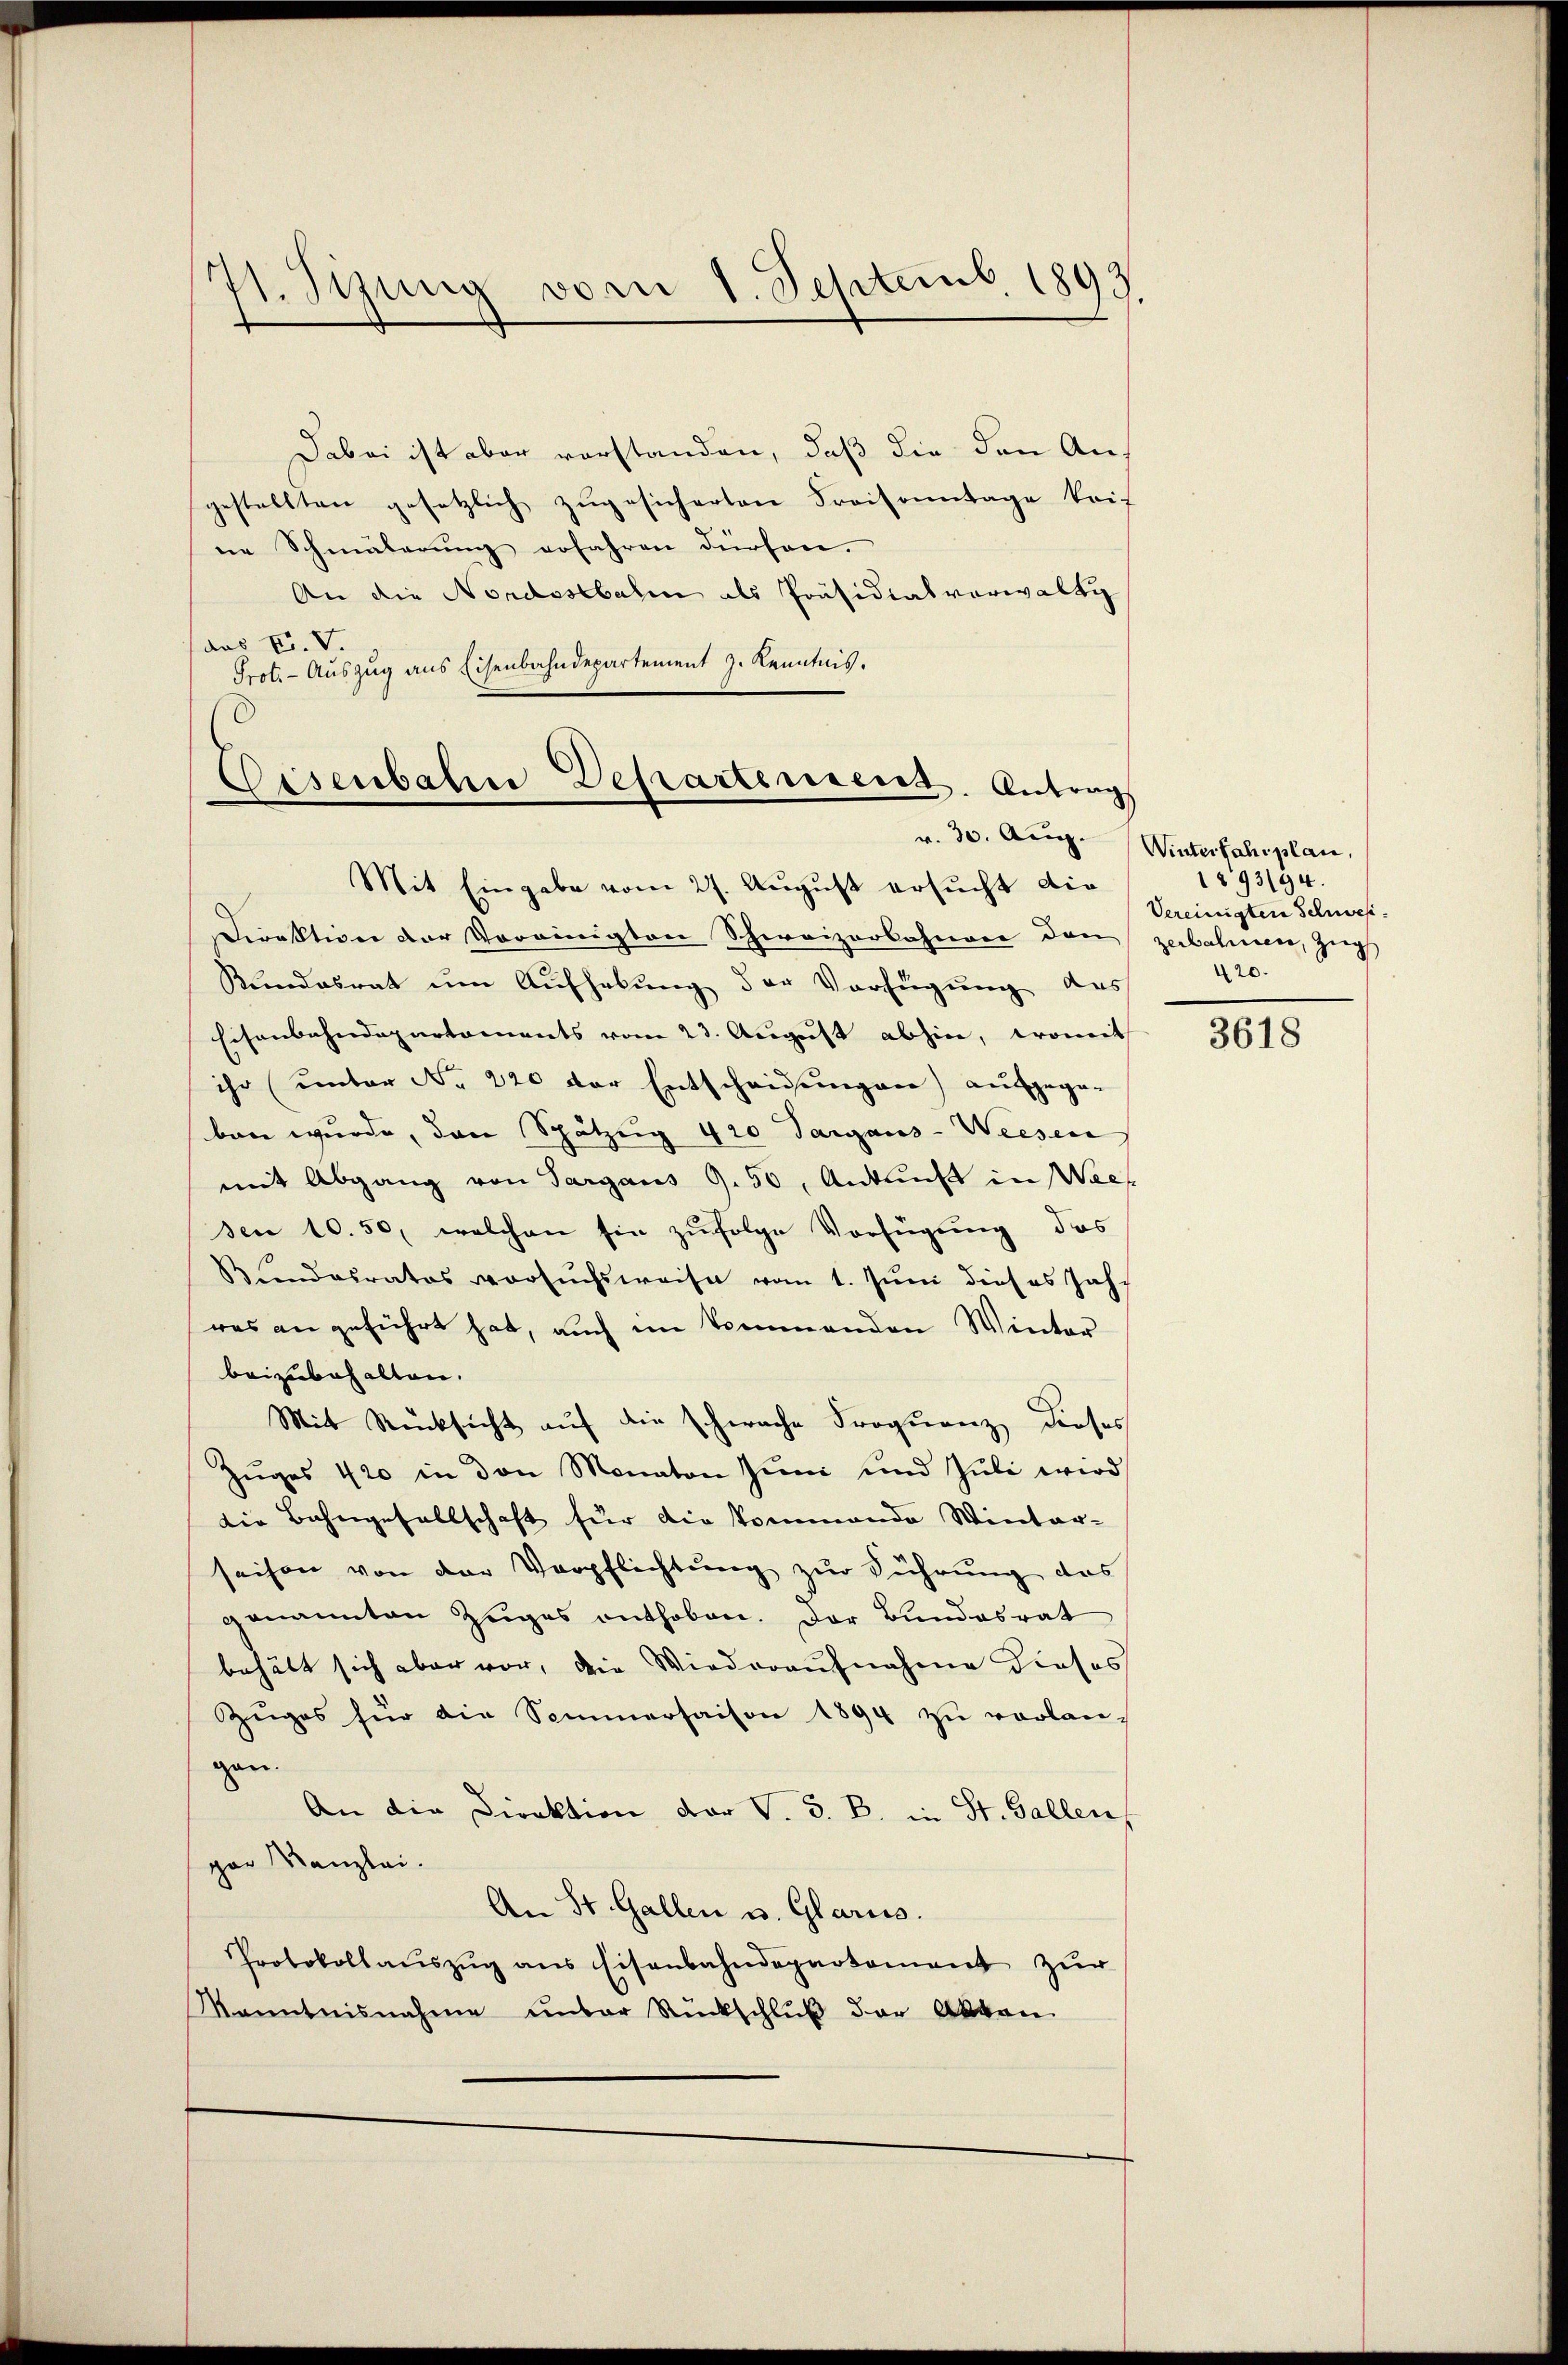
71. Sizung vom 1. Septemb. 1893.

Dabei ist aber vorstanden, daß die den An-
gestellten gesetzlich zŭgesicherten Kraisonntage trif
ne Schmälerung erfahren dürfen.
An die Nordostbahn als Präsidialverwalti
aas Fr. V.
Prot. - Auszug aus Eisenbahndepartement J. Kenntnis.

Eisenbahn Departement. Antrag

Mit Eingabe vom 27. August ersucht die
Direktion der Vereinigten Schweizerbahnerer den zerbahnen, Zug
Kundesrat um Aufhebung der Verfügung des
Eisenbahndepartaments vom 23. August abhin, womit
ihr (unter No 220 der Entscheidungen) aufgegeben wurde, den Spätzig 420 Sargaus-Weesen
mit Abgang von Sargaus 9. 50, Antriß in Wees
sen 10. 50, welchen sie zufolge Verfügung, das
Bŭndesrates versuchsweise vom 1. Jŭni dieses Jahr
res angeführt hat, auch im kommenden Winter
beizubehalten.
Mit Rücksicht auf die schwache Proquenz dieses
Zuges 420 in den Monaten Juni und Juli wird
die Bahngesellschaft für die kommende Winter-
saison von der Verpflichtung zur Führung des
genannten Zuges enthoben. Der Bundesrat
behält sich aber vor, die Wiederaufnahme dieses
Zuges für die Sommersaison 1894 zŭ verlan-
gen.
An die Direktion der V. 3. B. in St. Galler
par Kanzlei.
An St. Gallen u. Glarii.
Protokollaŭszŭg ans Eisenbahndepartement zŭr
Kanntnisnahme unter Rückschluß der Akten

r. 30. Aug. Winterfahrplan,
1893/94.
Vereinigten Schwes
420.

3618